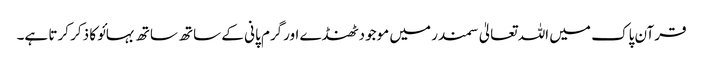
قرآن پاک میں اللہ تعالیٰ سمندر میں موجودٹھنڈے اورگرم پانی کے ساتھ ساتھ بہائو کا ذکر کرتا ہے۔